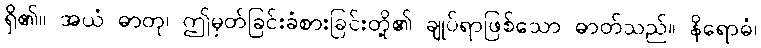
ရှိ၏။ အယံ ဓာတု၊ ဤမှတ်ခြင်းခံစားခြင်းတို့၏ ချုပ်ရာဖြစ်သော ဓာတ်သည်။ နိရောဓံ၊